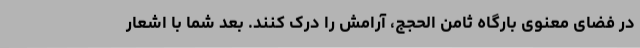
در فضای معنوی بارگاه ثامن الحجج، آرامش را درک کنند. بعد شما با اشعار